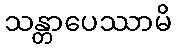
သန္တာပေဿာမိ